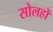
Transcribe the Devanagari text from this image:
सोलहों